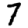
Digit: 7